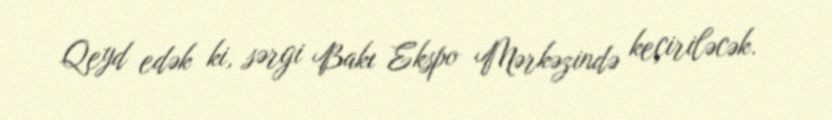
Qeyd edək ki, sərgi Bakı Ekspo Mərkəzində keçiriləcək.